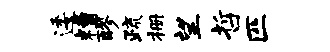
逶糟醪疏栅望哲匹